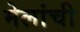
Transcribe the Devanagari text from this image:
मेलांची